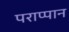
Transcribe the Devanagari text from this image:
पराप्पान